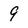
Character: 9